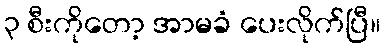
၃ စီးကိုတော့ အာမခံ ပေးလိုက်ပြီ။